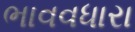
ભાવવધારા